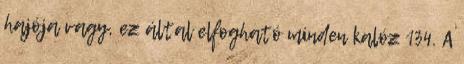
hajója vagy, ez által elfogható minden kalóz 134. A